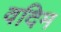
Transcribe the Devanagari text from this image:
वदिम